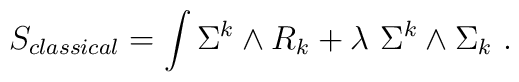
S_{classical}= \int \Sigma^k \wedge R_k                   + \lambda \ \Sigma^k \wedge \Sigma_k \ .